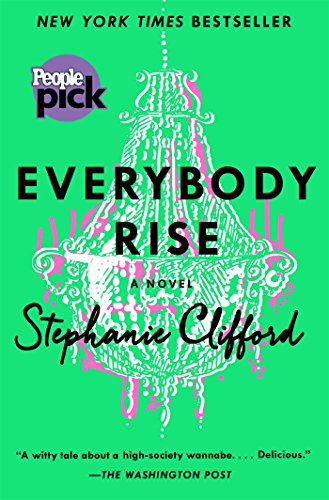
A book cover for Everybody Rise: A Novel; Stephanie Clifford; Literature & Fiction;